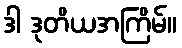
ဒါ ဒုတိယအကြိမ်။